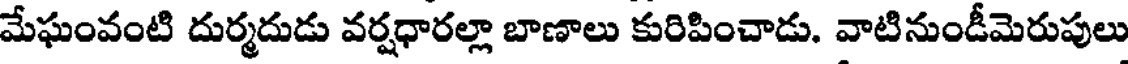
మేఘంవంటి దుర్మదుడు వర్షధారల్లా బాణాలు కురిపించాడు. వాటినుండీమెరుపులు